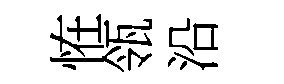
恠瓴沿